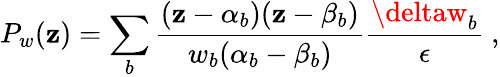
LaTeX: P_{w}(\mathbf{z})=\sum_{b}\frac{{(\mathbf{z}-\alpha_{b})(\mathbf{z}-\beta_{b})}}{{w_{b}(\alpha_{b}-\beta_{b})}}\frac{{\deltaw_{b}}}{{\epsilon}}\ ,